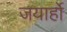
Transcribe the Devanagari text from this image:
जयार्हो